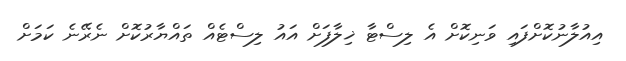
އިއުލާނުކޮށްފައި ވަނިކޮށް އެ ލިސްޓާ ޚިލާފަށް އައު ލިސްޓެއް ތައްޔާރުކޮށް ނެރޭނެ ކަމަށް